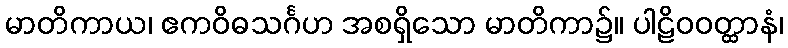
မာတိကာယ၊ ဧကဝိဓသင်္ဂဟ အစရှိသော မာတိကာ၌။ ပါဠိဝဝတ္ထာနံ၊